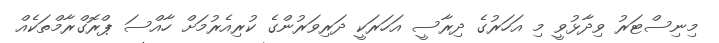
މިނިސްޓަރު ވިދާޅުވީ މި އަހަރުގެ ދިރާސީ އަހަރަކީ ދަރިވަރުންގެ ކުރިއެރުމަށް ހާއްސަ ޕްރޮގްރާމްތަކެއް